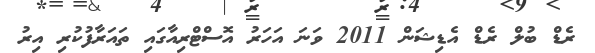
ރެޑް ބުލް ރެޑް އެޑިޝަން 2011 ވަނަ އަހަރު އޮސްޓްރިއާގައި ތައަރާފުކުރި އިރު